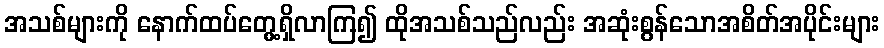
အသစ်များကို နောက်ထပ်တွေ့ရှိလာကြ၍ ထိုအသစ်သည်လည်း အဆုံးစွန်သောအစိတ်အပိုင်းများ